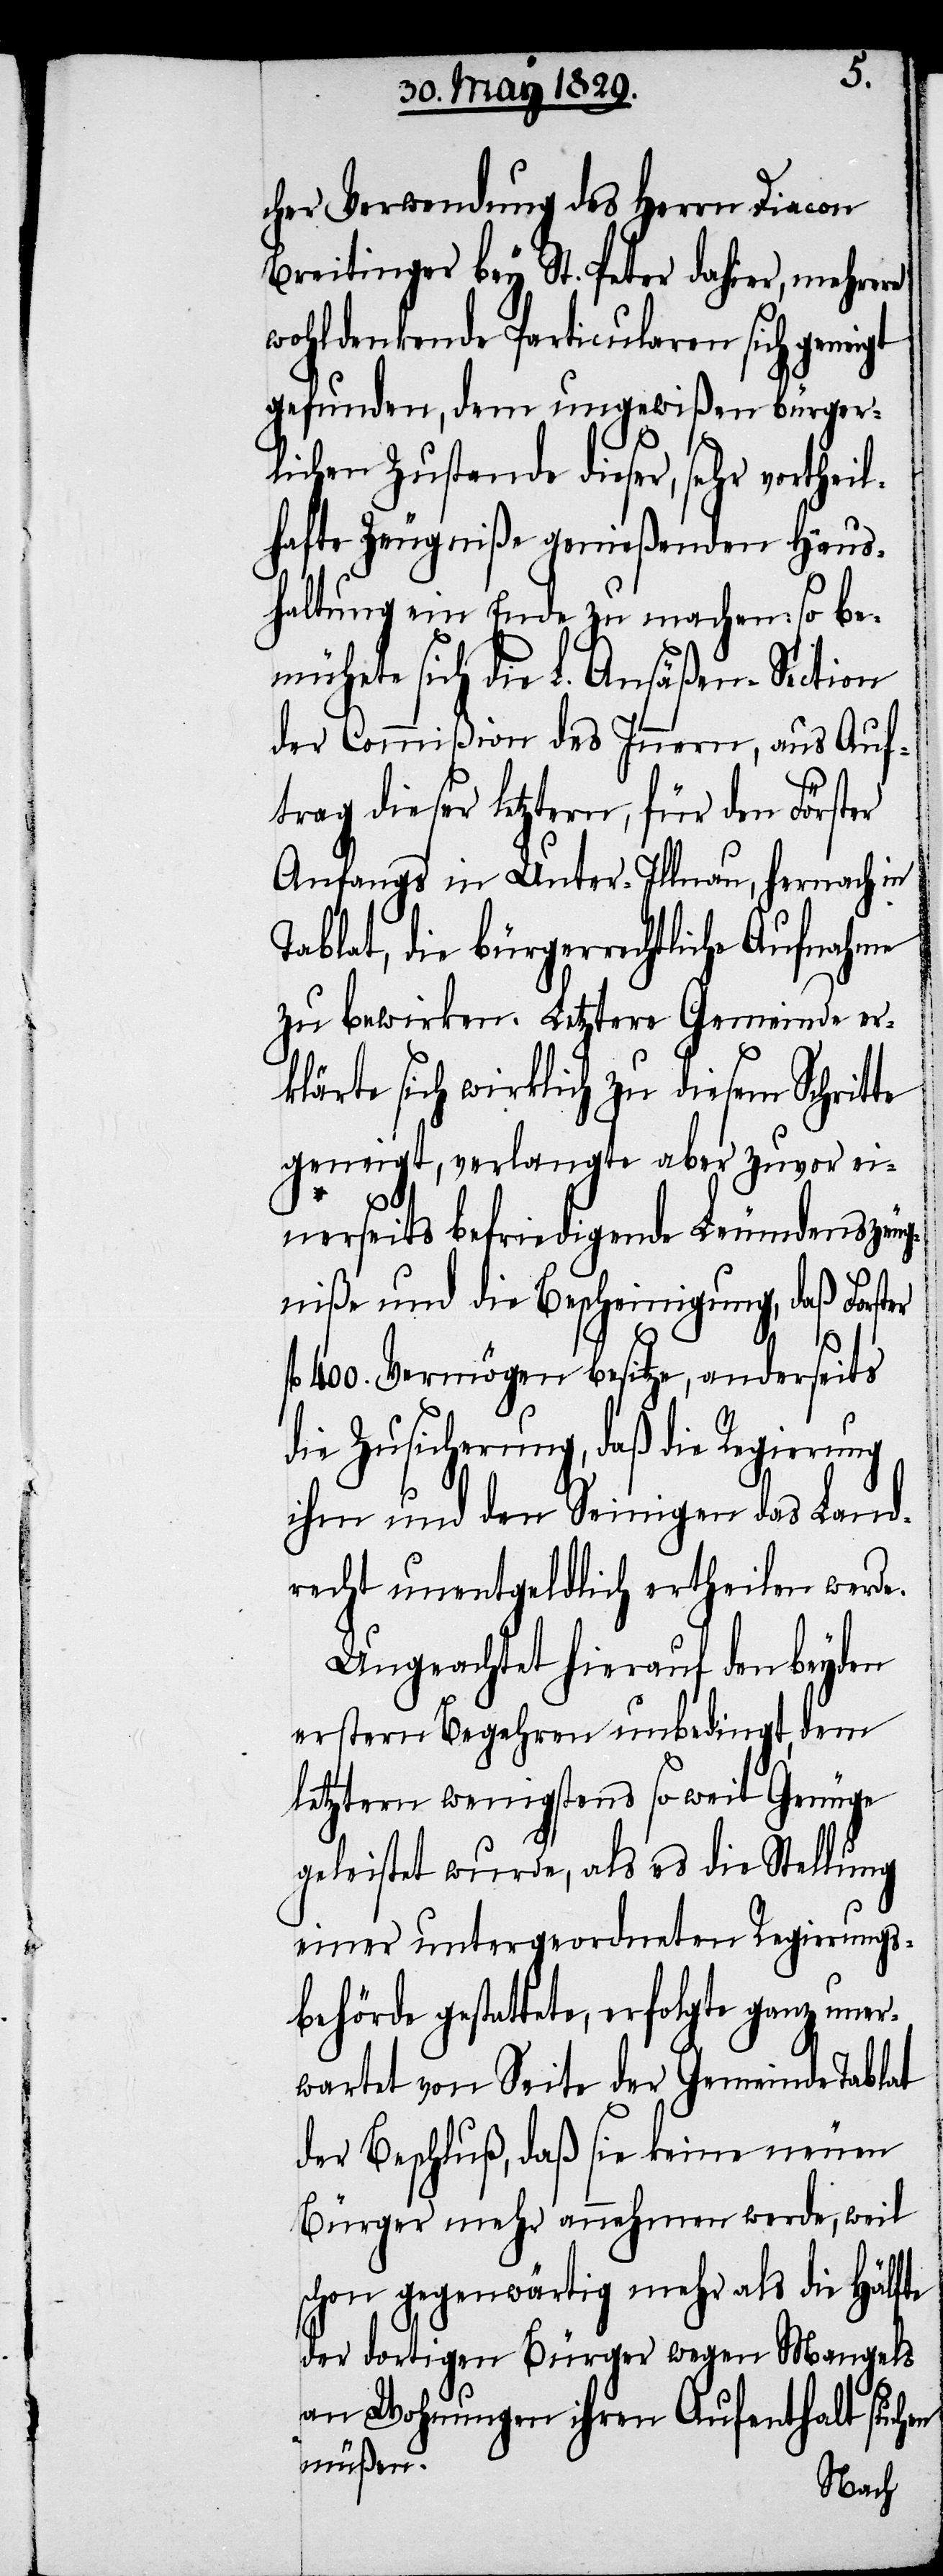
cher Verwendung des Herrn Diacon
Breitinger bey St. Peter dahier, mehrere
wohldenkende Particularen sich geneigt
gefunden, dem ungewißen bürger¬
lichen Zustande dieser, sehr vorthei¬
lhafte Zeugniße genießenden Haus¬
haltung ein Ende zu machen: so be¬
mühete sich die L. Ansäßen-Section
der Commißion des Innern, aus Auf¬
trag dieser letztern, für den Förster
Anfangs in Unter-Illnau, hernach in
die bürgerrechtliche Aufnahme
zu bewirken. Letztere Gemeinde er¬
klärte sich wirklich zu diesem Schritte
geneigt, verlangte aber zuvor ei¬
nerseits befriedigende Leumdenzeug¬
niße und die Bescheinigung, daß Förster
400. Vermögen besitze, anderseits
die Zusicherung, daß die Regierung
ihm und den Seinigen das Land¬
recht unentgeldlich ertheilen werde.
Ungeachtet hierauf den beyden
erstern Begehren unbedingt, dem
letztern wenigstens so weit Genüge
geleistet wurde, als es die Stellung
einer untergeordneten Regierungs¬
behörde gestattete, erfolgte ganz uner¬
wartet von Seite der Gemeinde Tablat
der Beschluß, daß sie keine neuen
Bürger mehr annehmen werde, weil
schon gegenwärtig mehr als die Hälfte
der dortigen Bürger wegen Mangels
an Wohnungen ihren Aufenthalt suchen
müßen.